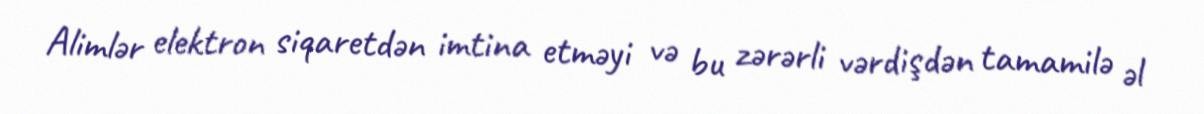
Alimlər elektron siqaretdən imtina etməyi və bu zərərli vərdişdən tamamilə əl